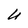
Character: U